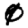
Digit: 0